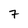
Character: 7